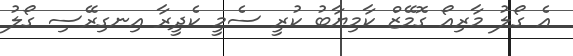
އެ ގޯލު މާރިއޯ ގޮމޭޒް ކާމިޔާބު ކުރީ ސެމީ ކެދީރާ އިނގިރޭސި ގޯލު